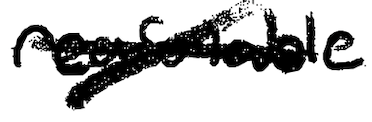
Text: reasonable
Cross-out: cross
Writing tool: digital_black